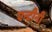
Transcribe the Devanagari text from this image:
एन्टीनी